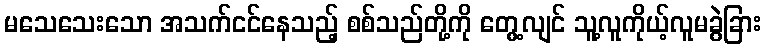
မသေသေးသော အသက်ငင်နေသည့် စစ်သည်တို့ကို တွေ့လျင် သူ့လူကိုယ့်လူမခွဲခြား